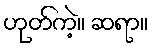
ဟုတ်ကဲ့။ ဆရာ။